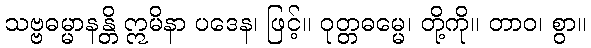
သဗ္ဗဓမ္မာနန္တိ ဣမိနာ ပဒေန၊ ဖြင့်။ ဝုတ္တဓမ္မေ၊ တို့ကို။ တာဝ၊ စွာ။